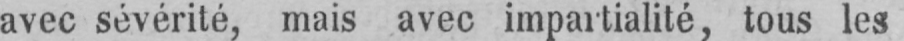
avec sévérité, mais avec impartialité, tous les